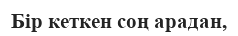
Бір кеткен соң арадан,